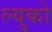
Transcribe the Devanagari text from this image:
ल्युको